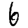
Digit: 6